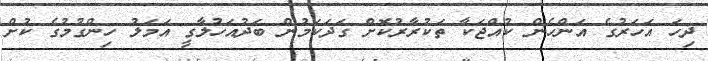
ދިހަ އަހަރުގެ އަންހެން ކުއްޖަކާ ތަކުރާރުކޮށް ގަދަކަމުން ބަދުއަހުލާގީ އަމަލު ހިންގުމުގެ ކުށް